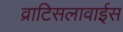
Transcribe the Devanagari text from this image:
व्राटिसलावाईस